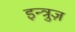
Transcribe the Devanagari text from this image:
इन्त्रुज़